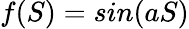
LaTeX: f(S)=sin(aS)